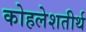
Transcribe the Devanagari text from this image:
कोहलेशतीर्थ